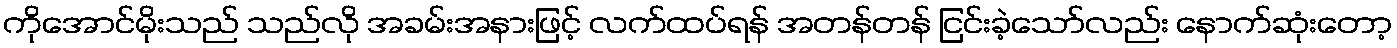
ကိုအောင်မိုးသည် သည်လို အခမ်းအနားဖြင့် လက်ထပ်ရန် အတန်တန် ငြင်းခဲ့သော်လည်း နောက်ဆုံးတော့